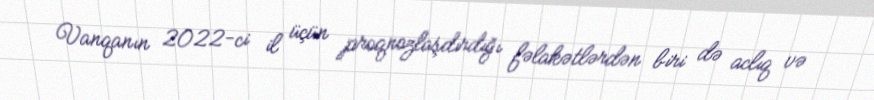
Vanqanın 2022-ci il üçün proqnozlaşdırdığı fəlakətlərdən biri də aclıq və